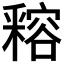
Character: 𨤛